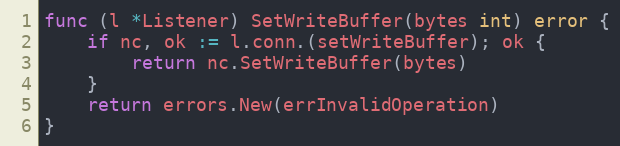
Language: Go
func (l *Listener) SetWriteBuffer(bytes int) error {
	if nc, ok := l.conn.(setWriteBuffer); ok {
		return nc.SetWriteBuffer(bytes)
	}
	return errors.New(errInvalidOperation)
}